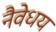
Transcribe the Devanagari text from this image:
नैवेधय